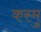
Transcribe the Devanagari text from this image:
कस्मु